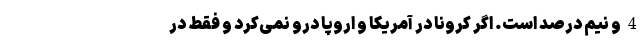
4 و نیم درصد است. اگر کرونا در آمریکا و اروپا درو نمی‌کرد و فقط در